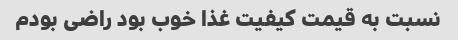
نسبت به قیمت کیفیت غذا خوب بود راضی بودم